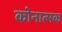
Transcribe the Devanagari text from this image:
कोनात्मक